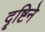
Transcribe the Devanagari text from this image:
दॄष्टिने